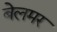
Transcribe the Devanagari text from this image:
बेलमर